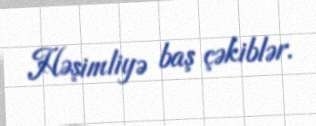
Həşimliyə baş çəkiblər.